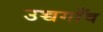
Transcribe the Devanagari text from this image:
उच्चगाँव